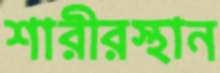
শারীরস্থান